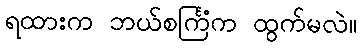
ရထားက ဘယ်စင်္ကြံက ထွက်မလဲ။